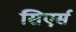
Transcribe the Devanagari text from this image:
सिएर्स